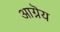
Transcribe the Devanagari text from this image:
आग्नॆय